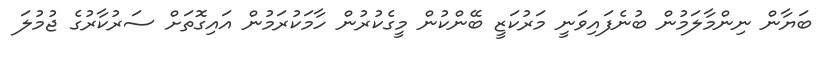
ބަޔާން ނިންމާލަމުން ބުނެފައިވަނީ މަރުކަޒީ ބޭންކުން މީގެކުރުން ހާމަކުރަމުން އައިގޮތަށް ސަރުކާރުގެ ޖުމުލަ